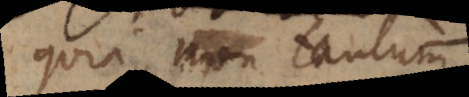
quia non tantum